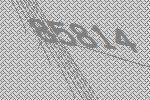
85814